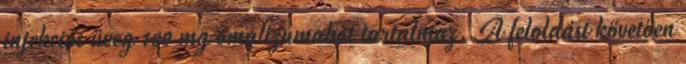
injekciós üveg 150 mg omalizumabot tartalmaz. A feloldást követően